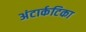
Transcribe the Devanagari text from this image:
अंटार्कटिका